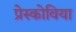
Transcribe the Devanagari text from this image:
प्रेस्कोविया